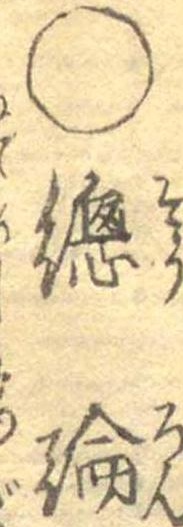
○総論